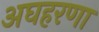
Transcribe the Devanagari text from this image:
अघहरणा